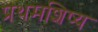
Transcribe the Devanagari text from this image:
प्रथमशिष्य